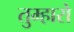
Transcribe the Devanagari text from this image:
तुम्‍हारो